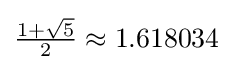
{\textstyle {\frac {1+{\sqrt {5}}}{2}}\approx 1.618034}